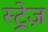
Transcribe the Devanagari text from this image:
स्ट्रेज़